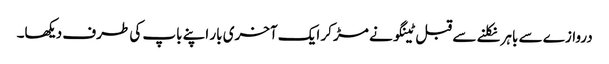
دروازے سے باہر نکلنے سے قبل ٹینگو نے مڑ کر ایک آخری بار اپنے باپ کی طرف دیکھا۔